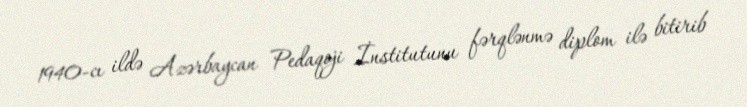
1940-cı ildə Azərbaycan Pedaqoji İnstitutunu fərqlənmə diplom ilə bitirib